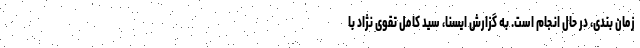
زمان بندی، در حال انجام است. به گزارش ایسنا، سید کامل تقوی نژاد با